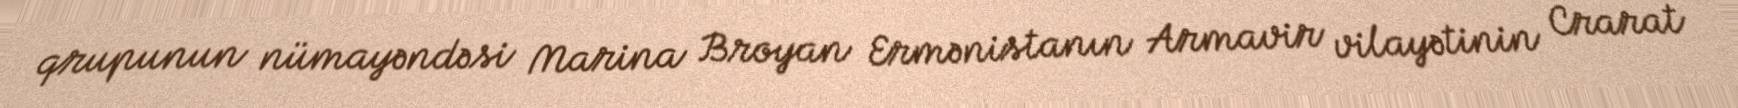
qrupunun nümayəndəsi Marina Broyan Ermənistanın Armavir vilayətinin Crarat